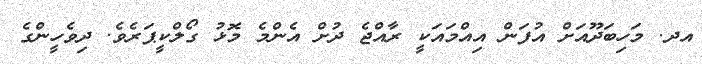
އދ. މަހިބަދޫއަށް އުފަން އިއްމައަކީ ރާއްޖެ ދުށް އެންމެ މޮޅު ގޯލްކީޕަރެވެ. ދިވެހީންގެ